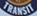
TRANSIT